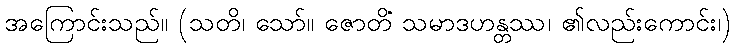
အကြောင်းသည်။ (သတိ၊ သော်။ ဇောတိံ သမာဒဟန္တဿ၊ ၏လည်းကောင်း၊)